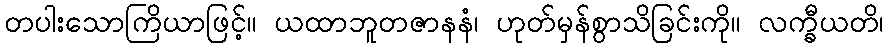
တပါးသောကြိယာဖြင့်။ ယထာဘူတဇာနနံ၊ ဟုတ်မှန်စွာသိခြင်းကို။ လက္ခီယတိ၊